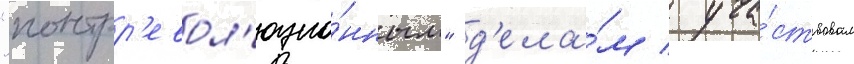
"контрр'евол'юцио́нным" д'ела́м / уча́ствовал